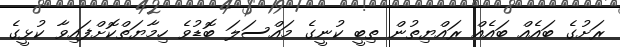
ރަށުގެ ބައެއް ބައެއް ރައްޔިތުން ތިބީ ކުނީގެ މައްސަލަ ބޮޑުވެ ހިމާޔަތްކޮށްފައިވާ ކުޅީގެ